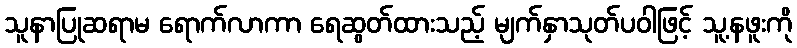
သူနာပြုဆရာမ ရောက်လာကာ ရေဆွတ်ထားသည့် မျက်နှာသုတ်ပဝါဖြင့် သူ့နဖူးကို